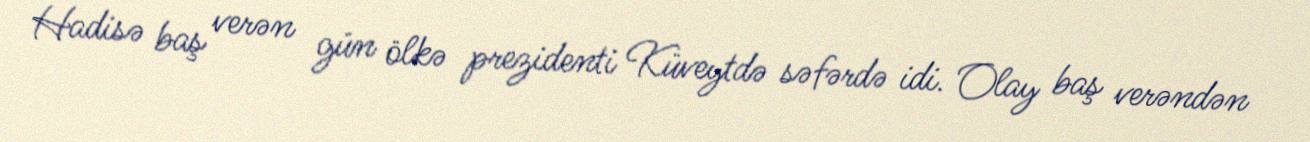
Hadisə baş verən gün ölkə prezidenti Küveytdə səfərdə idi. Olay baş verəndən